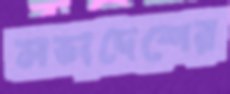
সভ্যদেশের